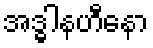
အဒ္ဓါနဟီနော